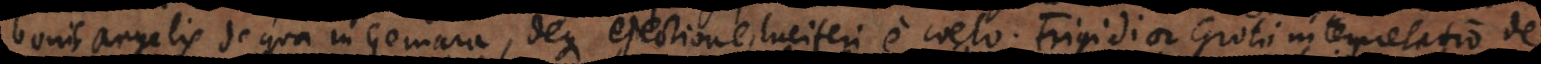
bonis angelis, de qua in Gemara, deque ejectione Luciferi e coelo. Frigidior Am Rande: